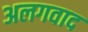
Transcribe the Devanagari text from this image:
अलगवाद